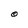
Character: O